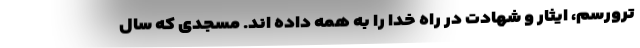
ترورسم، ایثار و شهادت در راه خدا را به همه داده اند. مسجدی که سال